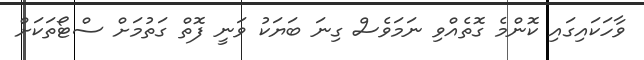
ވާހަކައިގައި ކޮންމެ ގޮތެއްވި ނަމަވެސް ގިނަ ބަޔަކު ވަނީ ފޮތް ގަތުމަށް ސްޓޯތަކަށް